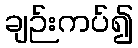
ချဉ်းကပ်၍